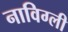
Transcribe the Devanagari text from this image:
नाविग्ली